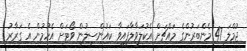
ޖުމްލަ 47 މެންބަރުންގެ މައްޗަށް އެކުލަވާލާފައިވާ ކައުންސިލުން ވޯޓަށް އެހުމުން އެ ގަރާރު